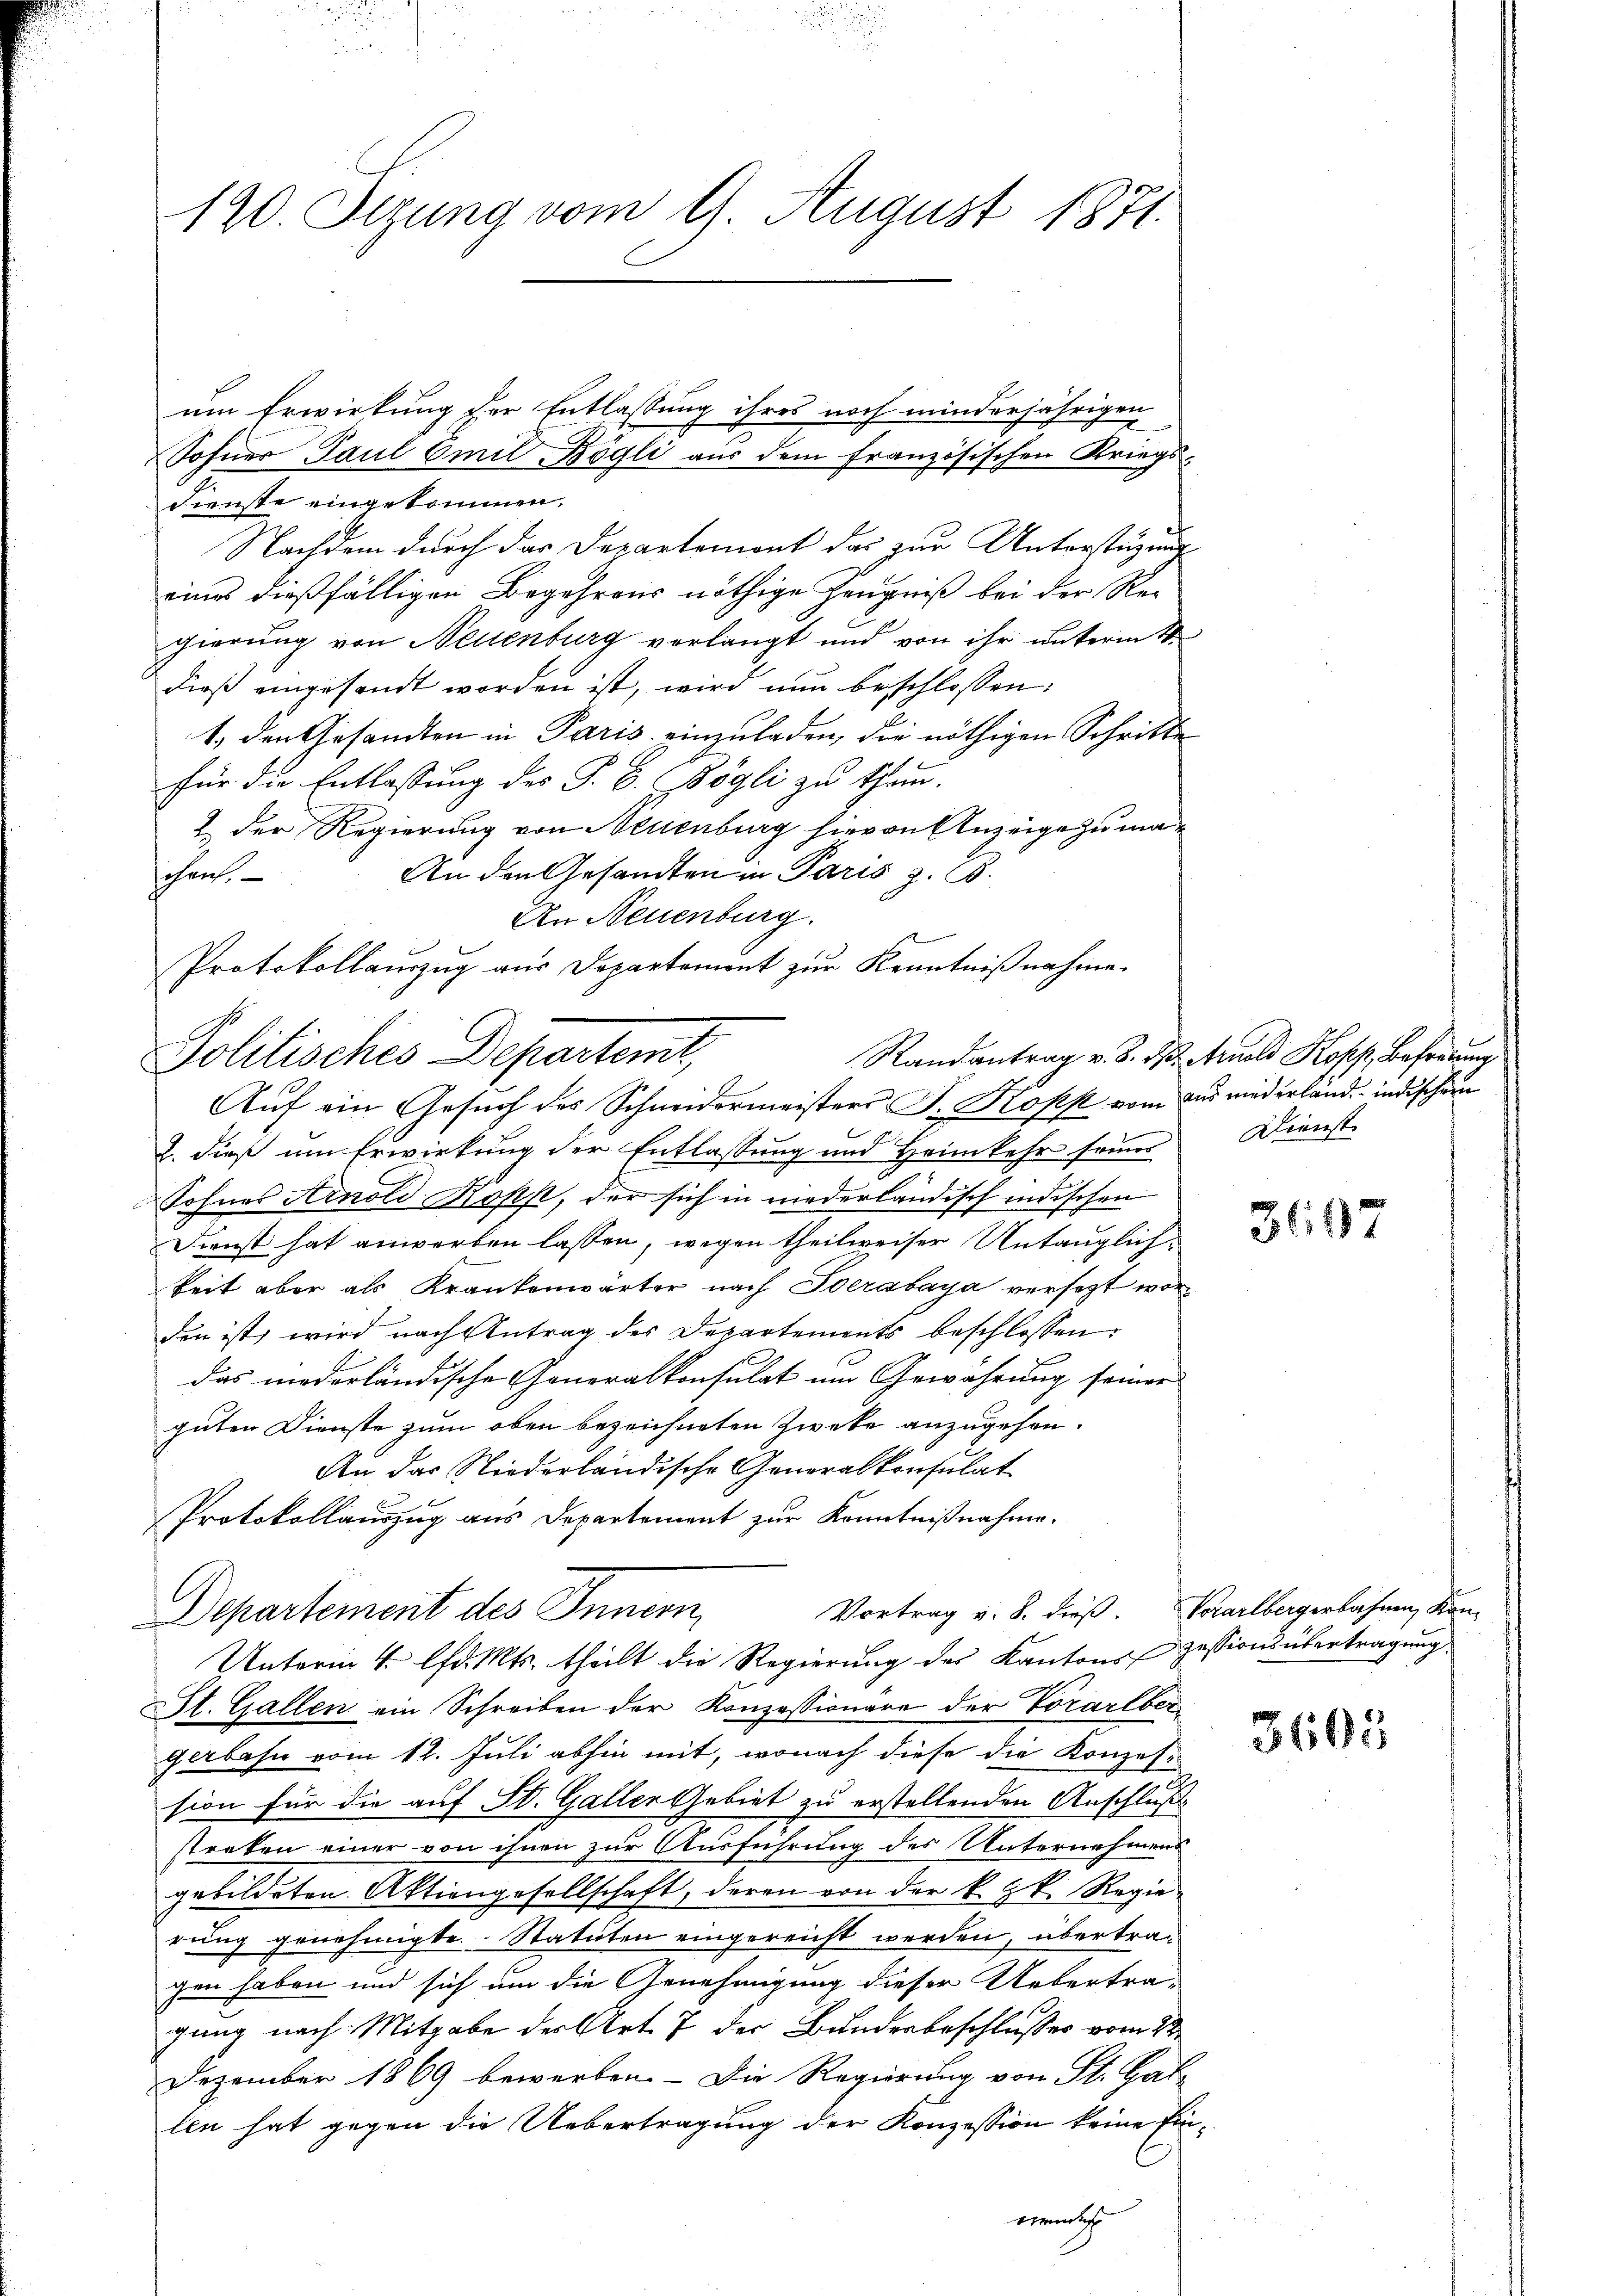
120. Sizung vom 9. August 1871.

um Erwirkung der Entlassung ihres noch minderjährigen
Dienste eingekommen.
Nachdem durch das Departemont das zur Unterstüzung
eines dießfälligen Begehrens nöthige Zeugniß bei der Regierung von Neuenburg verlangt und von ihr unterm 11.
dieß eingesandt worden ist, wird nun beschlossen:
1.) den Gesandten in Paris einzuladen, die nöthigen Schritte
für die Entlassung des P. B. Vögli zu than.
2. Der Regierung von Neuenburg hievon Anzeige zu ma¬
An den Gesandten in Paris z. B.
sihren.
An Neuenburg.
Protokollauszug aus Departement zur Kenntnißnahme.
Auf ein Gesuch des Schneidermeisters J. Kopst vom aus minderland, indischein
2. dieß um Erwirkung der Entlassung und Heimkehr seiner Dienst-
Sohnes Arnold Kopp, der sich in niederländisch indischen
Dienst hat anwerben lassen, wegen theilweiser Untauglichkeit aber als Krankenwärter nach Toerabaya versetzt worden ist, wird nach Antrag des Departements beschlossen:
das niederländische Generalkonsulat um Gewährung seiner |
guten Dienste zum oben bezeichneten Zweke anzugehen.
An das Niederländische Generalkonsulat
Protokollauszug aus Departement zur Kenntnißnahme.
Vortrag v. 8. dieß. Vorarlbergerbahnen, Kan-
Departement des Innern,
Unterm 4. lfd. Mts. theilt die Regierung des Kantons Zessionsübertragung
St. Gallen ein Schreiben der Konzessionäre der Vorarlber
gerbahn vom 12. Juli abhin mit, wonach diese die Konzession für die auf St. Galler Gebiet zu erstellenden Anschluß
streken einer von ihnen zur Ausführung des Unternehmens
gebildeten Aktiengesellschaft, deren von der k. k. Regierung genehmigte. Statuten eingereicht werden, übertragen haben und sich um die Genehmigung dieser Uebertragung nach Mitgabe der Art. 7 der Bundesbeschlusses vom 22.
Dezember 1869 bewerben. - Die Regierung von St. Gat-
len hat gegen die Uebertragung der Konzession keine Eintruct

Sohner Paul Emil Bögli aus dem französischen Kriegs-

Politisches Departemt,

Randantrag v. 8. ds. Arnold Kopp, Befug

3697

3603